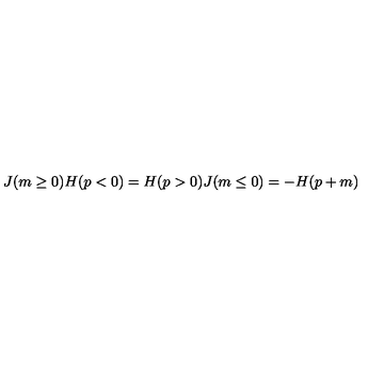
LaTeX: J ( m \ge 0 ) H ( p < 0 ) = H ( p > 0 ) J ( m \le 0 ) = - H ( p + m )